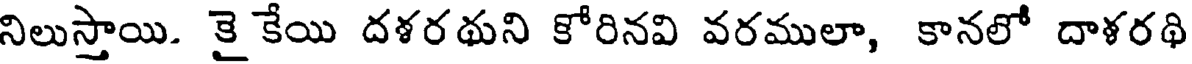
నిలుస్తాయి. కై కేయి దళరథుని కోరినవి వరములా, కానలో దాళరథి